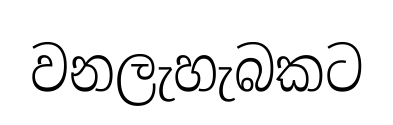
වනලැහැබකට